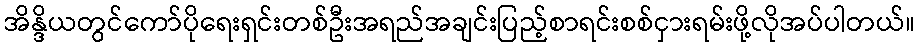
အိန္ဒိယတွင်ကော်ပိုရေးရှင်းတစ်ဦးအရည်အချင်းပြည့်စာရင်းစစ်ငှားရမ်းဖို့လိုအပ်ပါတယ်။